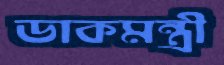
ডাকমন্ত্রী